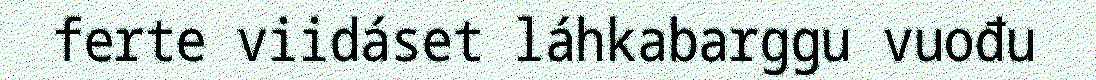
ferte viidáset láhkabarggu vuođu